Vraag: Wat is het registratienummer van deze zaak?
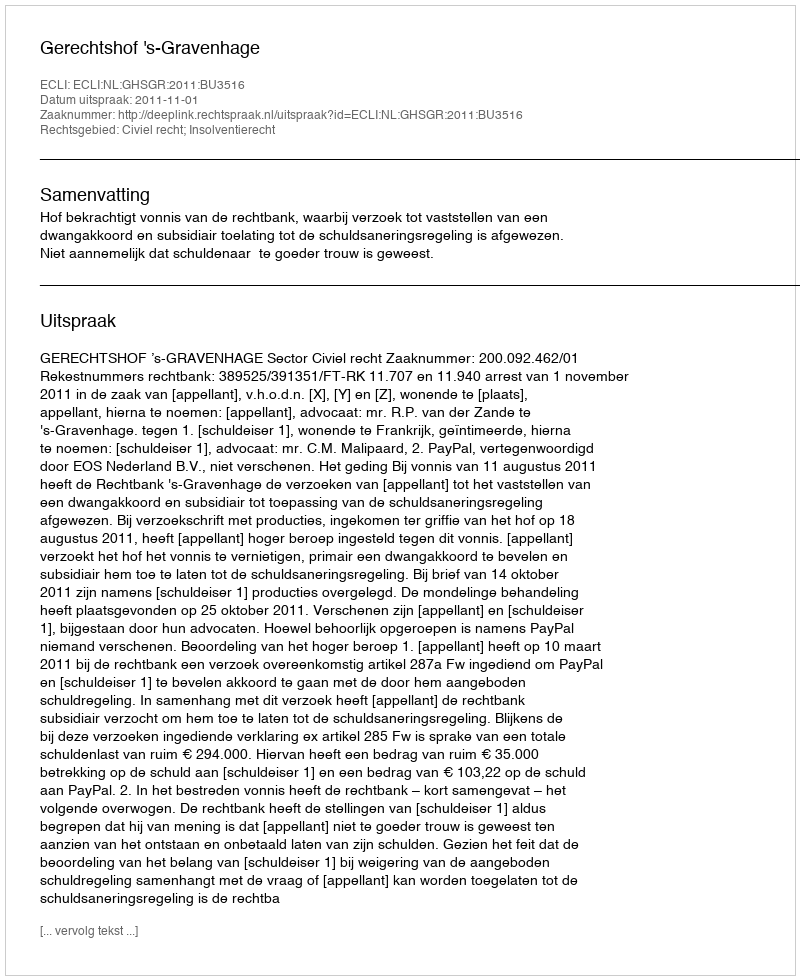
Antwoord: http://deeplink.rechtspraak.nl/uitspraak?id=ECLI:NL:GHSGR:2011:BU3516